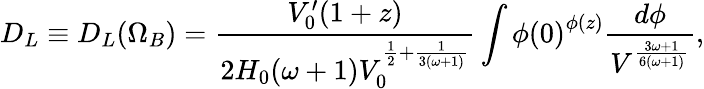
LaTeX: D_{L}\equiv D_{L}(\Omega_{B})=\frac{V_{0}^{\prime}(1+z)}{2H_{0}(\omega+1)V_{0}^{\frac{1}{2}+\frac{1}{3(\omega+1)}}}\int{\phi(0)}^{\phi(z)}\frac{d\phi}{V^{\frac{3\omega+1}{6(\omega+1)}}},